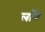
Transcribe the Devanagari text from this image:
लाॅन